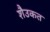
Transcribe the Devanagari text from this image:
शैउकत